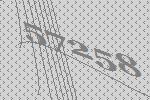
57258